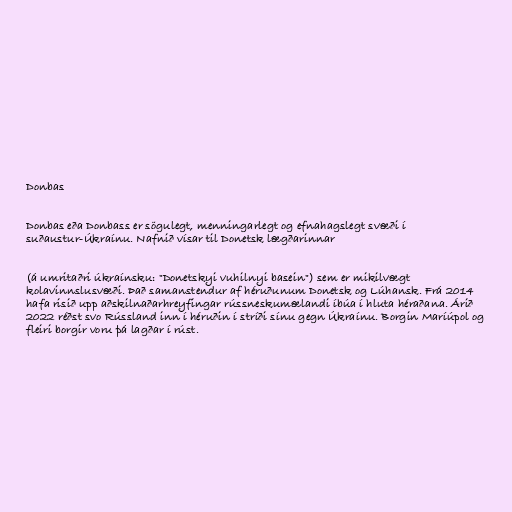
Donbas

Donbas eða Donbass er sögulegt, menningarlegt og efnahagslegt svæði í
suðaustur-Úkraínu. Nafnið vísar til Donetsk lægðarinnar

(á umritaðri úkraínsku: "Donetskyi vuhilnyi basein") sem er mikilvægt
kolavinnslusvæði. Það samanstendur af héruðunum Donetsk og Lúhansk. Frá 2014
hafa risið upp aðskilnaðarhreyfingar rússneskumælandi íbúa í hluta héraðana. Árið
2022 réðst svo Rússland inn í héruðin í stríði sínu gegn Úkraínu. Borgin Maríúpol og
fleiri borgir voru þá lagðar í rúst.